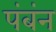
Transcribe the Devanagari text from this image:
पंबंन